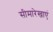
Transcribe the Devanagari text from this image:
सीमारेखाएं